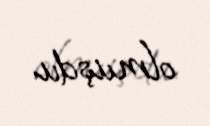
olmuşdu.